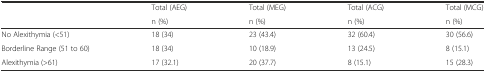
<table><thead><tr><td rowspan="2"></td><td><b>Total (AEG)</b></td><td><b>Total (MEG)</b></td><td><b>Total (ACG)</b></td><td><b>Total (MCG)</b></td></tr><tr><td><b>n (%)</b></td><td><b>n (%)</b></td><td><b>n (%)</b></td><td><b>n (%)</b></td></tr></thead><tbody><tr><td>No Alexithymia (&lt;51)</td><td>18 (34)</td><td>23 (43.4)</td><td>32 (60.4)</td><td>30 (56.6)</td></tr><tr><td>Borderline Range (51 to 60)</td><td>18 (34)</td><td>10 (18.9)</td><td>13 (24.5)</td><td>8 (15.1)</td></tr><tr><td>Alexithymia (&gt;61)</td><td>17 (32.1)</td><td>20 (37.7)</td><td>8 (15.1)</td><td>15 (28.3)</td></tr></tbody></table>